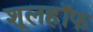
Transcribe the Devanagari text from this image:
शूलहॉफ